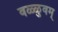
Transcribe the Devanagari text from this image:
वळ्ळुवम्